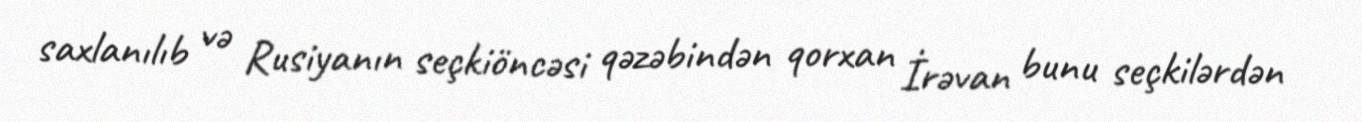
saxlanılıb və Rusiyanın seçkiöncəsi qəzəbindən qorxan İrəvan bunu seçkilərdən